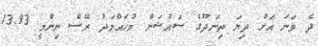
ދެ ވަނަ އަށް ދިޔަ ތިނަދޫގެ ސައުޝަން މުހައްމަދު ރޭސް ނިންމީ 13.93